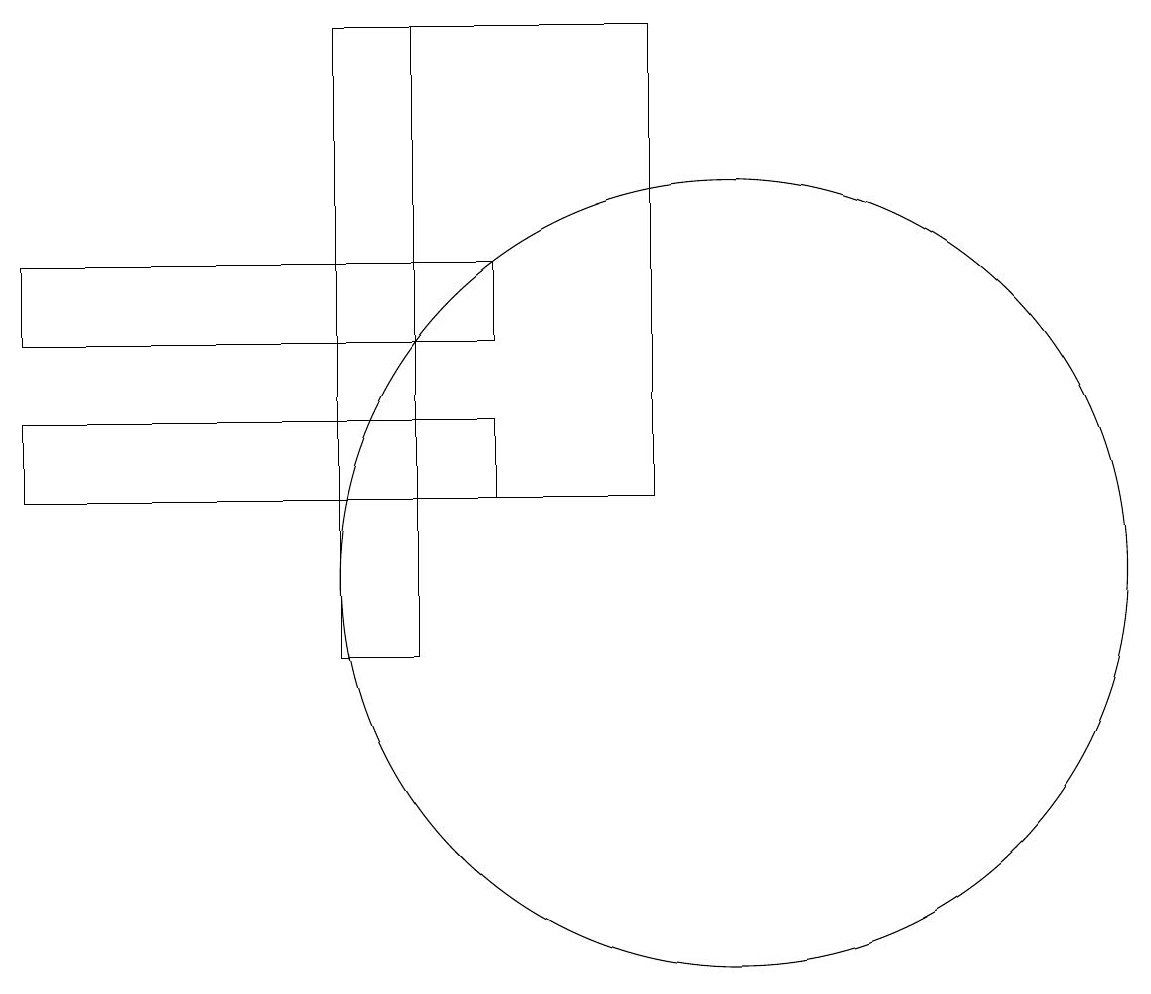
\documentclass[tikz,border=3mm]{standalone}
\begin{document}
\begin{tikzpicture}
\draw (1,14) rectangle (7,13);
\draw (1,16) rectangle (7,15);
\draw (10,12) circle (5);
\draw (6,19) rectangle (5,11);
\draw (5,19) rectangle (9,13);
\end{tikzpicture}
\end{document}